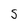
Character: 5